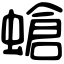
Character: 螥